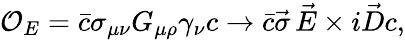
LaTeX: {\cal O}_{E}=\bar{c}\sigma_{\mu\nu}G_{\mu\rho}\gamma_{\nu}c\rightarrow\bar{c}\vec{\sigma}\, \vec{E}\times i\vec{D}c,